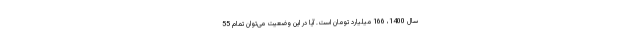
سال 1400، 166 میلیارد تومان است. آیا در این وضعیت می‌توان تمام 55